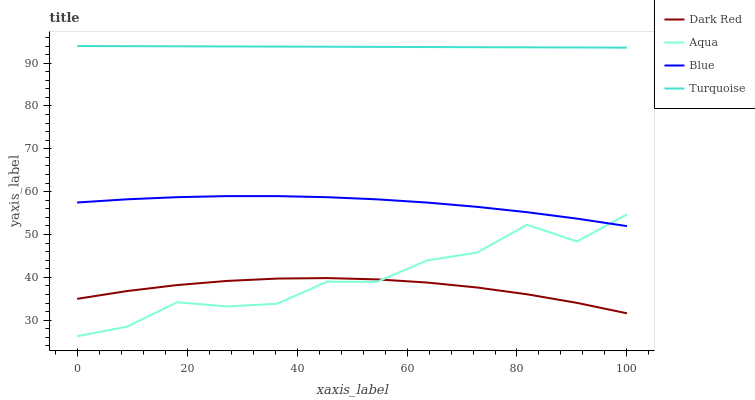
| xaxis_label | Dark Red | Aqua | Blue | Turquoise |
 | --- | --- | --- | --- | --- |
 | 0 | 35 | 26.2 | 57.5 | 94 |
 | 9.09 | 36.8 | 28.5 | 58.2 | 94 |
 | 18.2 | 38.2 | 34.2 | 58.7 | 93.9 |
 | 27.3 | 39.2 | 33.2 | 59 | 93.9 |
 | 36.4 | 39.7 | 33.8 | 59 | 93.9 |
 | 45.5 | 39.8 | 39 | 58.7 | 93.8 |
 | 54.5 | 39.5 | 38.9 | 58.2 | 93.8 |
 | 63.6 | 38.8 | 43.9 | 57.5 | 93.8 |
 | 72.7 | 37.6 | 45.8 | 56.5 | 93.7 |
 | 81.8 | 36 | 52.3 | 55.2 | 93.7 |
 | 90.9 | 34 | 48.4 | 53.7 | 93.7 |
 | 100 | 31.6 | 54.7 | 52 | 93.6 |